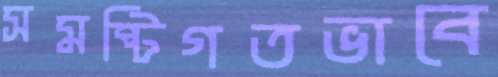
সমষ্টিগতভাবে